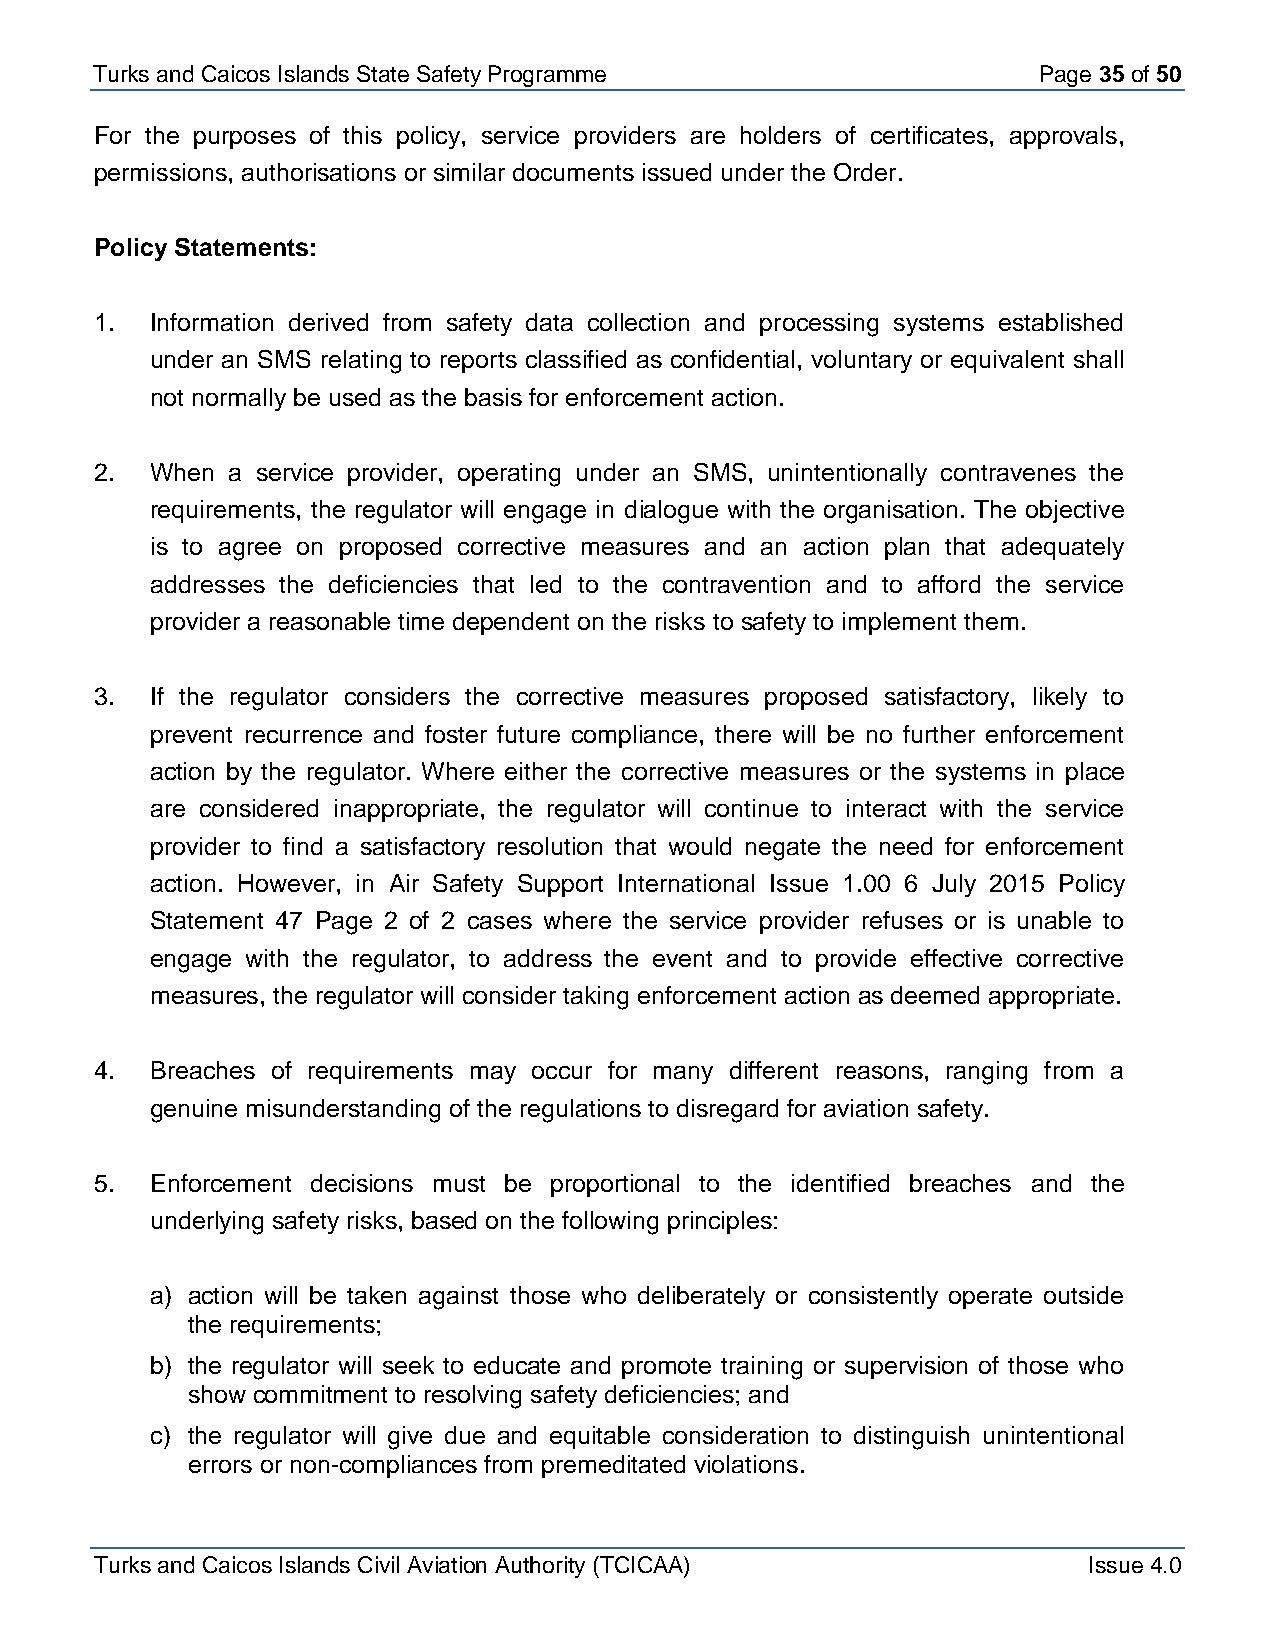
Turks and Caicos Is lands State Safety Programme               Page 35 of 50
 For the purposes of this policy, service providers are holders of certificates, approvals,
 permissions, authorisations or similar documents issued under the Order.
 Policy Statements:
 1.  Information derived from safety data collection and processing systems established
 under an SMS relating to reports classified as confidential, voluntary or equivalent shall
 not normally be used as the basis for enforcement action.
 2.  When a service provider, operating under an SMS, unintentionally contravenes the
 requirements, the regulator will engage in dialogue with the organisation. The objective
 is to agree on proposed corrective measures and an action plan that adequately
 addresses the deficiencies that led to the contravention and to afford the service
 provider a reasonable time dependent on the risks to safety to implement them.
 3.  If the regulator considers the corrective measures proposed satisfactory, likely to
 prevent recurrence and foster future compliance, there will be no further enforcement
 action by the regulator. Where either the corrective measures or the systems in place
 are considered inappropriate, the regulator will continue to interact with the service
 provider to find a satisfactory resolution that would negate the need for enforcement
 action. However, in Air Safety Support International Issue 1.00 6 July 2015 Policy
 Statement 47 Page 2 of 2 cases where the service provider refuses or is unable to
 engage with the regulator, to address the event and to provide effective corrective
 measures, the regulator will consider taking enforcement action as deemed appropriate.
 4.  Breaches of requirements may occur for many different reasons, ranging from a
 genuine misunderstanding of the regulations to disregard for aviation safety.
 5.  Enforcement decisions must be proportional to the identified breaches and the
 underlying safety risks, based on the following principles:
 a) action will be taken against those who deliberately or consistently operate outside
 the requirements;
 b) the regulator will seek to educate and promote training or supervision of those who
 show commitment to resolving safety deficiencies; and
 c) the regulator will give due and equitable consideration to distinguish unintentional
 errors or non-compliances from premeditated violations.
 Turks and Caicos Islands Civil Aviation Authority (TCICAA)        Issue 4.0